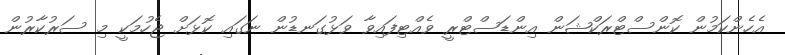
އެހެންކަމުން ކޮންސްޓްރަކްޝަން އިންޑަސްޓްރީ ވެއްޓިފައިވާ ވަޅުގަނޑުން ނަގައި ކޮޅަށް ޖެހުމަކީ މި ސަރުކާރުން